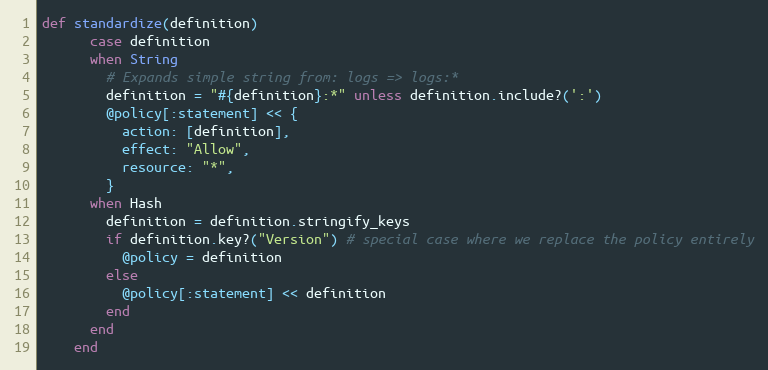
Language: Ruby
def standardize(definition)
      case definition
      when String
        # Expands simple string from: logs => logs:*
        definition = "#{definition}:*" unless definition.include?(':')
        @policy[:statement] << {
          action: [definition],
          effect: "Allow",
          resource: "*",
        }
      when Hash
        definition = definition.stringify_keys
        if definition.key?("Version") # special case where we replace the policy entirely
          @policy = definition
        else
          @policy[:statement] << definition
        end
      end
    end